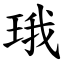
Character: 珴